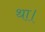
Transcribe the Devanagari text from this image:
था।